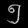
Digit: ၅